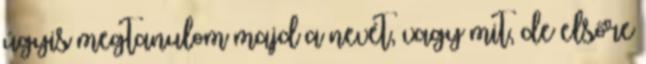
úgyis megtanulom majd a nevét, vagy mit, de elsőre